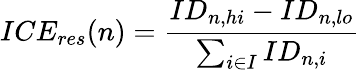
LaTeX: ICE_{res}(n)=\frac{ID_{n,hi}-ID_{n,lo}}{\sum_{i\in I}ID_{n,i}}